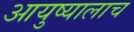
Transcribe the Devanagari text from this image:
आयुष्यालाच